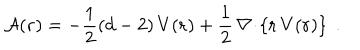
{ \mathcal A } ( { \bf r } ) = - \frac { 1 } { 2 } ( d - 2 ) \, V ( { \bf r } ) + \frac { 1 } { 2 } \, { \bf \nabla } \! \cdot \! \left\{ { \bf r } \, V ( { \bf r } ) \right\} \; .